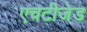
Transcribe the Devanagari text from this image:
एचटीजेड